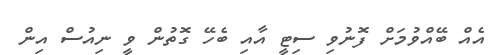
އެއް ބޭއްވުމަށް ފޮނުވި ސިޓީ އާއި ބެހޭ ގޮތުން ވީ ނިއުސް އިން